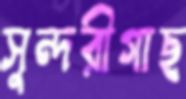
সুন্দরীগাছ